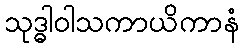
သုဒ္ဓါဝါသကာယိကာနံ